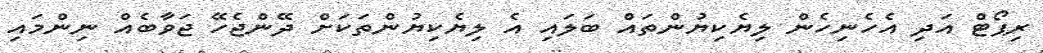
ރިޕޯޓް އަދި އެހެނިހެން ލިޔެކިޔުންތައް ބަލައި އެ ލިޔެކިޔުންތަކަށް ދޭންޖެހޭ ޖަވާބެއް ނިންމައި